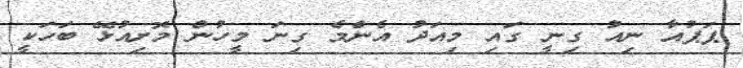
ޕަޕުއާ ނިއު ގިނީ ގައި މިއަދު އެންމެ ގިނަ މީހުން މޮށިއުޅޭ ބަހަކީ